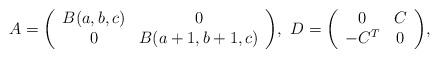
LaTeX: \begin{align*}A=\left(\begin{array}{cc}B(a,b,c) & 0\\0 & B(a+1,b+1,c)\end{array}\right)\!,\ D=\left(\begin{array}{cc}0 & C\\-C^{T} & 0\end{array}\right)\!,\end{align*}